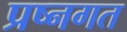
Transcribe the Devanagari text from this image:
प्रष्नगत